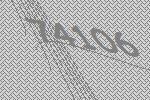
74106